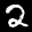
Label: 2